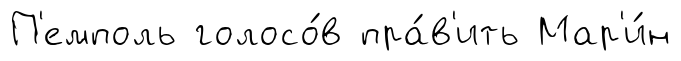
П'емполь голосо́в пра́в'ить Мар'и́н